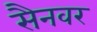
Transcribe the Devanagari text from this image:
सैनवर